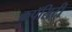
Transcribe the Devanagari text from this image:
कपॅसिटी